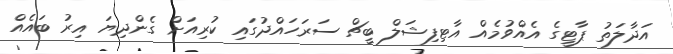
އަދާލަތު ޕާޓީގެ އެއްވުމެއް އާޓިފިޝަލް ބީޗް ސަރަހައްދުގައި ކުރިއަށް ގެންދިޔަ އިރު ބައެއް